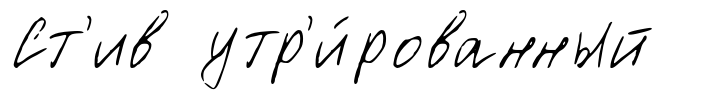
Ст'ив утр'и́рованный